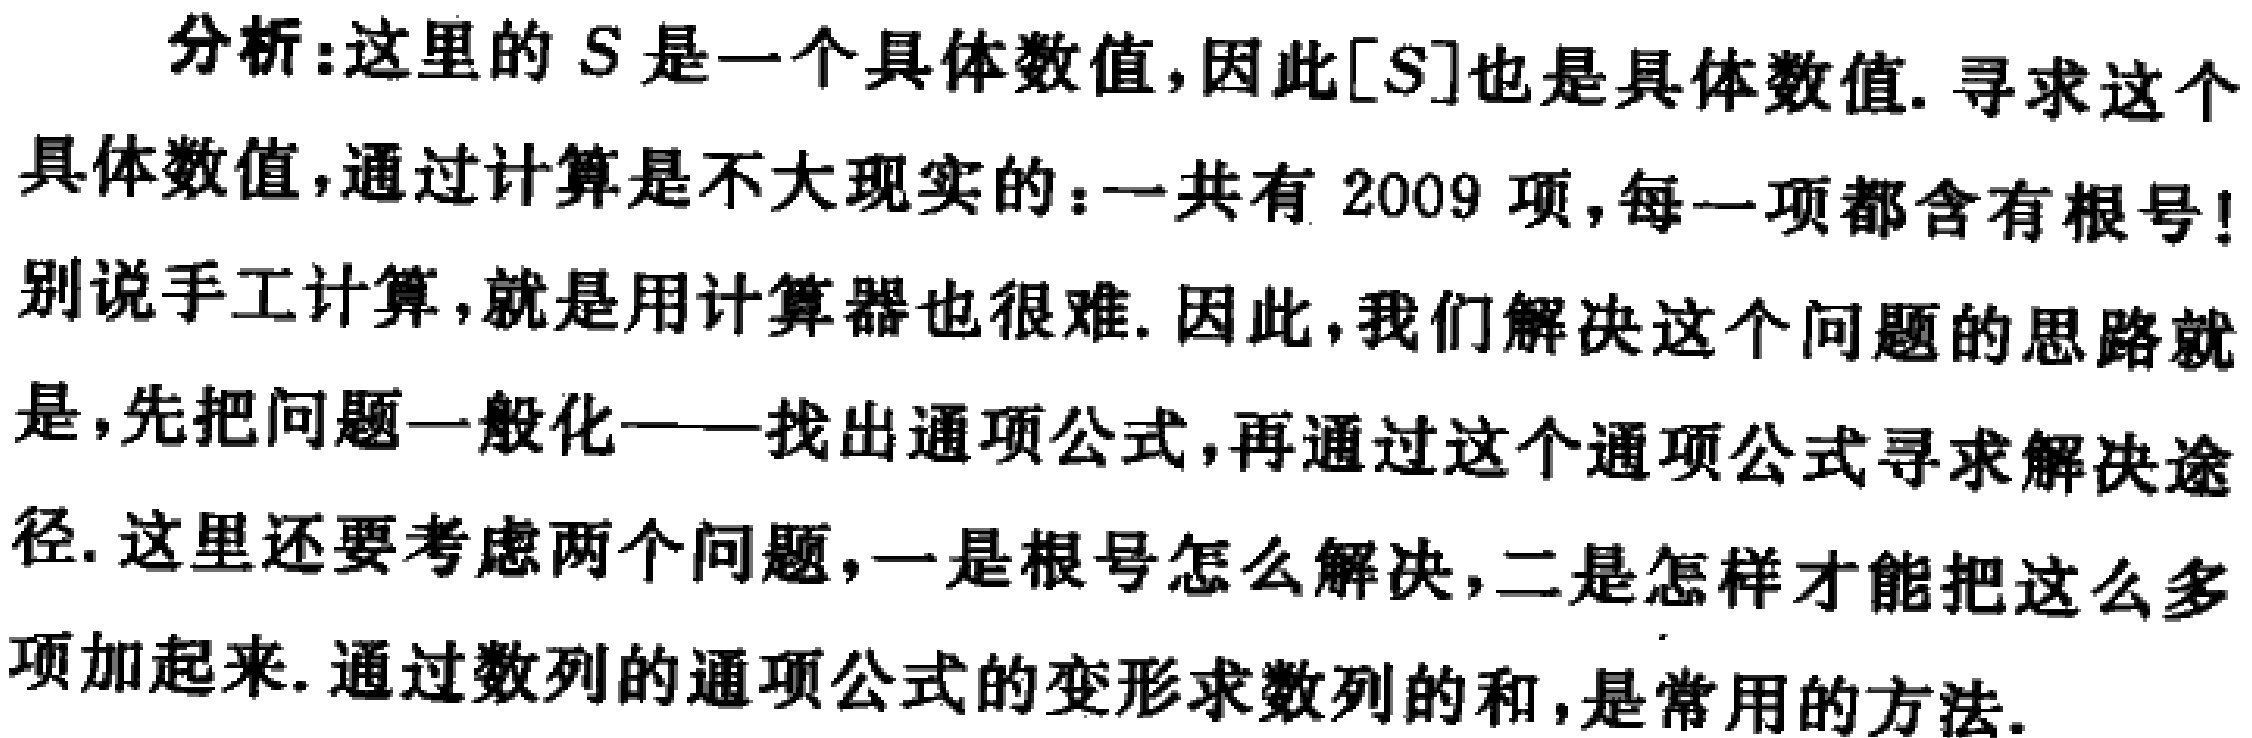
分析：这里的 \(S\) 是一个具体数值，因此 \([S]\) 也是具体数值. 寻求这个具体数值，通过计算是不大现实的：一共有 \(2009\) 项，每一项都含有根号！别说手工计算，就是用计算器也很难. 因此，我们解决这个问题的思路就是，先把问题一般化——找出通项公式，再通过这个通项公式寻求解决途径. 这里还要考虑两个问题，一是根号怎么解决，二是怎样才能把这么多项加起来. 通过数列的通项公式的变形求数列的和，是常用的方法.